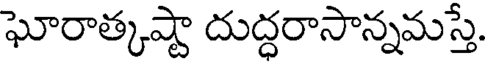
ఘోరాత్కష్టా దుద్ధరాసాన్నమస్తే.